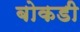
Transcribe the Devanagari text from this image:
बोकडी